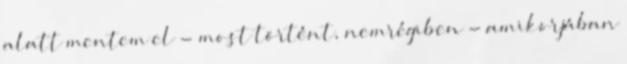
alatt mentem el - most történt, nemrégiben - amikorjában